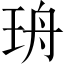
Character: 珘